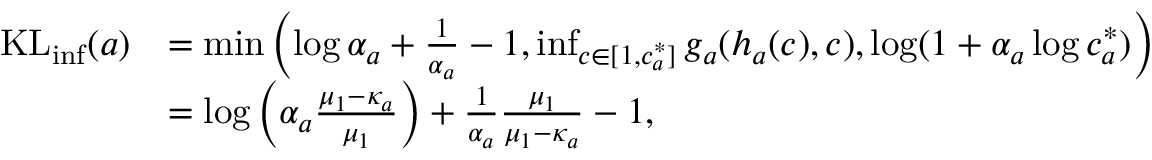
\begin{array} { r l } { \mathrm { K L } _ { \mathrm { i n f } } ( a ) } & { = \operatorname* { m i n } \left( \log \alpha _ { a } + \frac { 1 } { \alpha _ { a } } - 1 , \operatorname* { i n f } _ { c \in [ 1 , c _ { a } ^ { * } ] } g _ { a } ( h _ { a } ( c ) , c ) , \log ( 1 + \alpha _ { a } \log c _ { a } ^ { * } ) \right) } \\ & { = \log \left( \alpha _ { a } \frac { \mu _ { 1 } - \kappa _ { a } } { \mu _ { 1 } } \right) + \frac { 1 } { \alpha _ { a } } \frac { \mu _ { 1 } } { \mu _ { 1 } - \kappa _ { a } } - 1 , } \end{array}